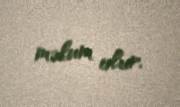
məlum olur.